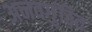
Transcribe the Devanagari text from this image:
अनवगुंठित